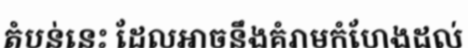
តំបន់នេះ ដែលអាចនឹងគំរាមកំហែងដល់